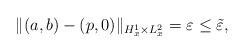
LaTeX: \begin{align*} \|(a, b)- (p, 0)\|_{H^1_x\times L^2_x}= \varepsilon\leq \tilde \varepsilon,\end{align*}